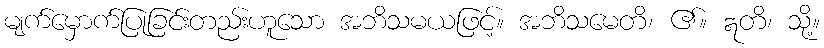
မျက်မှောက်ပြုခြင်းတည်းဟူသော အဘိသမယဖြင့်။ အဘိသမေတိ၊ ၏။ ဣတိ၊ သို့။